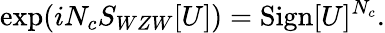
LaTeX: \exp(iN_{c}S_{WZW}[U])=\mathrm{Sign}[U]^{N_{c}}.